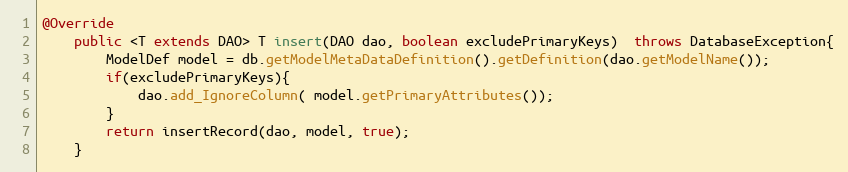
Language: Java
@Override
	public <T extends DAO> T insert(DAO dao, boolean excludePrimaryKeys)  throws DatabaseException{
		ModelDef model = db.getModelMetaDataDefinition().getDefinition(dao.getModelName());
		if(excludePrimaryKeys){
			dao.add_IgnoreColumn( model.getPrimaryAttributes());
		}
		return insertRecord(dao, model, true);
	}